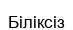
Біліксіз